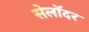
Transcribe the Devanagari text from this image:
सेलॉदर